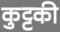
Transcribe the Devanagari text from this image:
कुट्टकी